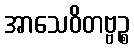
အာသေဝိတဗ္ဗဉ္စ